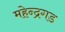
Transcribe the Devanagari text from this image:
महेन्द्रगड